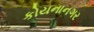
કોયનાનગર